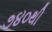
૭૪૦થી